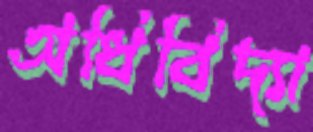
অধিবিদ্যা